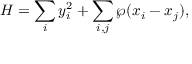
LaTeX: H = \sum _ { i } y _ { i } ^ { 2 } + \sum _ { i , j } \wp ( x _ { i } - x _ { j } ) ,